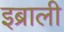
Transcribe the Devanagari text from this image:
इब्राली